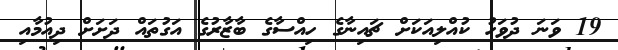
19 ވަނަ ދުވަހު ކުއްލިއަކަށް ޗައިނާގެ ހިއްސާގެ ބާޒާރުގެ އަގުތައް ދަށަށް ދިއުމާއި